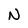
Character: N